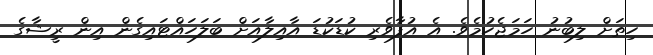
ހިތަށް ލިބުނު ހަމަޖެހުމެވެ. އެ އުފާވެރި ކުޑަކުޑަ އާއިލާއަށް ބަލަހައްޓައިގެން އިން ރީޝާގެ